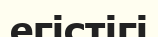
егістігі